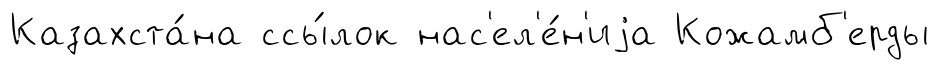
Казахста́на ссы́лок нас'ел'е́н'иjа Кожамб'ерды